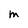
Character: m